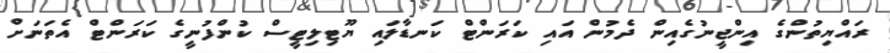
ރައްޔިތުންގެ އިންޖީނުގެއިން ދެމުން އައި ކަރަންޓް ކަނޑާލައި ޔޫޓިލިޓީސް ކުންފުނީގެ ކަރަންޓް އެތަނަށް